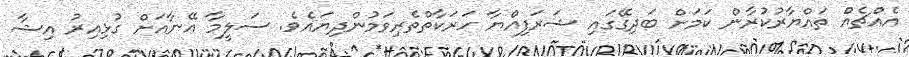
އެއްޗެއް ތައްޔާރުކުރާން ކަމަށް ބަދިގޭގައި ޝަރަފިއްޔާ ހަރަކާތްތެރިވަމުންދިޔައެވެ. ސަލީމާ އޭނާއަށް ގުޅިއިރު އިޝާ